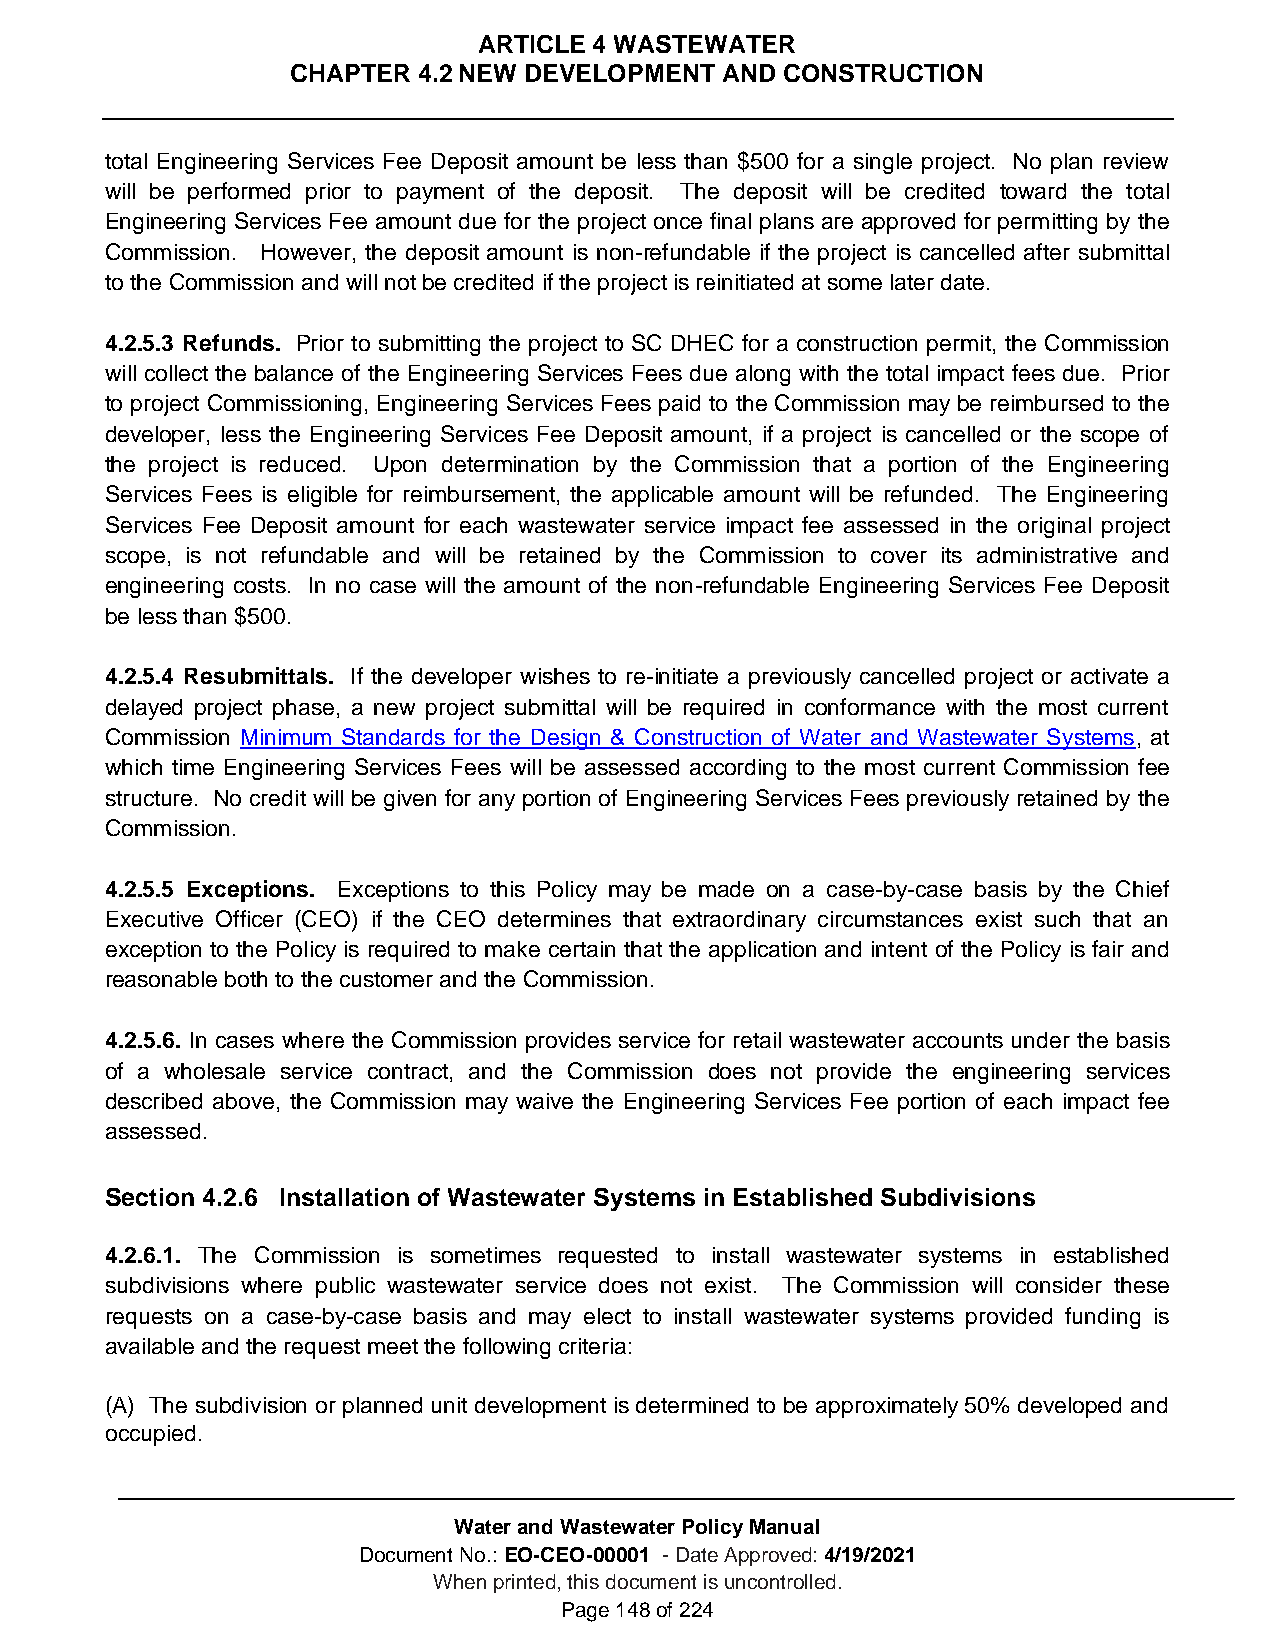
ARTICLE 4 WASTEWATER
 CHAPTER  4.2 NEW DEVELOPMENT AND CONSTRUCTION
 total Engineering Services Fee Deposit amount be less than $500 for a single project. No plan review
 will be performed prior to payment of the deposit. The deposit will be credited toward the total
 Engineering Services Fee amount due for the project once final plans are approved for permitting by the
 Commission. However, the deposit amount is non-refundable if the project is cancelled after submittal
 to the Commission and will not be credited if the project is reinitiated at some later date.
 4.2.5.3 Refunds. Prior to submitting the project to SC DHEC for a construction permit, the Commission
 will collect the balance of the Engineering Services Fees due along with the total impact fees due. Prior
 to project Commissioning, Engineering Services Fees paid to the Commission may be reimbursed to the
 developer, less the Engineering Services Fee Deposit amount, if a project is cancelled or the scope of
 the project is reduced. Upon determination by the Commission that a portion of the Engineering
 Services Fees is eligible for reimbursement, the applicable amount will be refunded. The Engineering
 Services Fee Deposit amount for each wastewater service impact fee assessed in the original project
 scope, is not refundable and will be retained by the Commission to cover its administrative and
 engineering costs. In no case will the amount of the non-refundable Engineering Services Fee Deposit
 be less than $500.
 4.2.5.4 Resubmittals. If the developer wishes to re-initiate a previously cancelled project or activate a
 delayed project phase, a new project submittal will be required in conformance with the most current
 Commission Minimum Standards for the Design & Construction of Water and Wastewater Systems, at
 which time Engineering Services Fees will be assessed according to the most current Commission fee
 structure. No credit will be given for any portion of Engineering Services Fees previously retained by the
 Commission.
 4.2.5.5 Exceptions. Exceptions to this Policy may be made on a case-by-case basis by the Chief
 Executive Officer (CEO) if the CEO determines that extraordinary circumstances exist such that an
 exception to the Policy is required to make certain that the application and intent of the Policy is fair and
 reasonable both to the customer and the Commission.
 4.2.5.6. In cases where the Commission provides service for retail wastewater accounts under the basis
 of a wholesale service contract, and the Commission does not provide the engineering services
 described above, the Commission may waive the Engineering Services Fee portion of each impact fee
 assessed.
 Section 4.2.6 Installation of Wastewater Systems in Established Subdivisions
 4.2.6.1. The Commission is sometimes requested to install wastewater systems in established
 subdivisions where public wastewater service does not exist. The Commission will consider these
 requests on a case-by-case basis and may elect to install wastewater systems provided funding is
 available and the request meet the following criteria:
 (A) The subdivision or planned unit development is determined to be approximately 50% developed and
 occupied.
 Water and Wastewater Policy Manual
 Document No.: EO-CEO-00001 - Date Approved: 4/19/2021
 When printed, this document is uncontrolled.
 Page 148 of 224